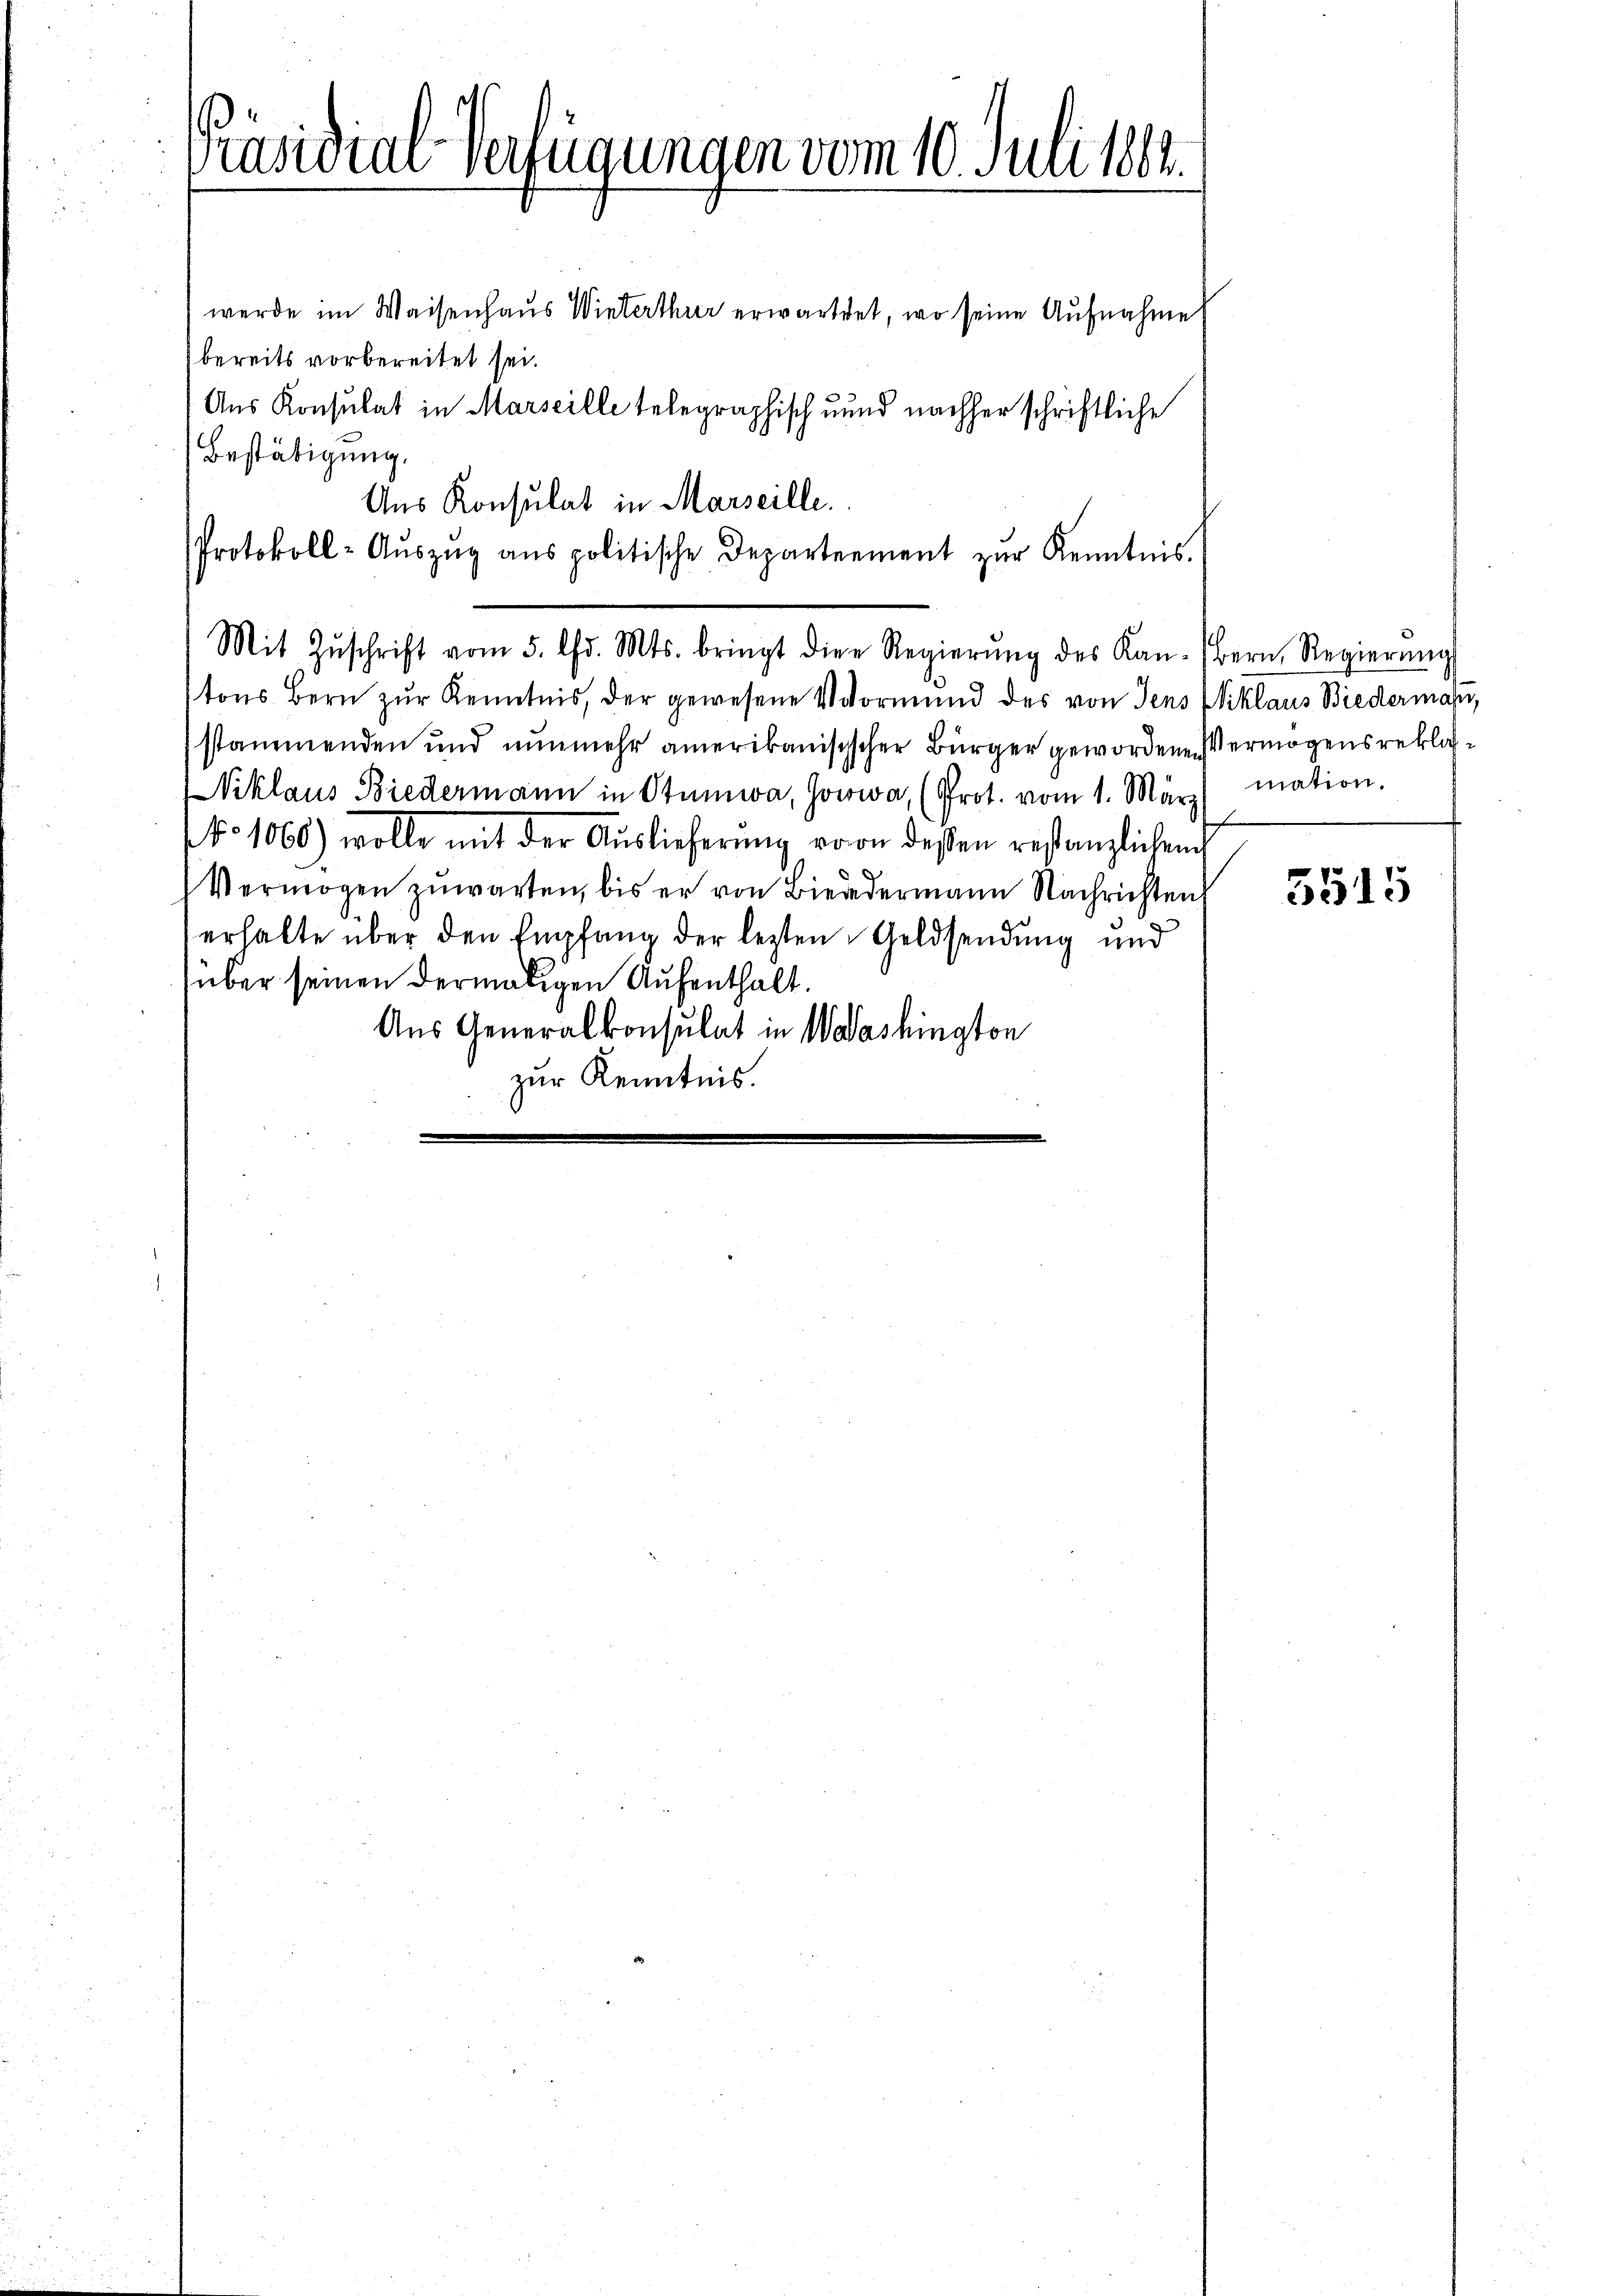
Präsidial-Verfügungen vom 10. Juli 1882.

werde im Waisenhaus Winterthur erwartet, wo seine Aufnahme
bereits vorbereitet sei.
Aus Konsulat in Marseille telegraphisch unnd nachher schriftliche
Bestätigung.
Aus Konsulat in Marseille.
Protokoll-Aŭszŭg ans politische Departement zŭr Kenntnis.
Mit Zŭschrift vom 5. Chr. Mts. bringt die Regierŭng des Kan-Bern, Regierŭng
tons Bern zŭr Kenntnis, der gewesene Vormund des von Jens Eiklaus Biedermahn,
stammenden und nunmehr amerikanisischer Bürger gewordene Vermögensreklag¬
Niklaus Biedermann in Stumwa, Jowwa, (Prot. vom 1. März mation.
NNo 1060) wolle mit der Auslieferŭng von dessen restanzlichen
Vermögen zuwarten, bis er von Biededermann Nachrichten
erhalte über den Empfang der lezten Geldsendung und
über seinen dermaligen Aufenthalt.
Aus Generalkonsulat in Washington
zur Kenntnis.

3515